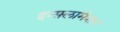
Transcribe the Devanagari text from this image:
इन्फ़्लामेशन